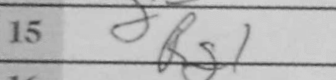
Transcription: Rg1